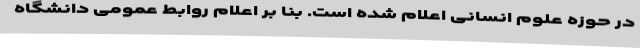
در حوزه علوم انسانی اعلام شده است. بنا بر اعلام روابط عمومی دانشگاه